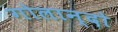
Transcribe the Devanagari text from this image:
गोलान्दो